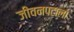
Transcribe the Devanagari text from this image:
जीवनपटाला